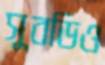
সুবডিও